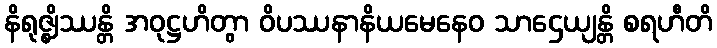
နိရုဇ္ဈိဿန္တိ အဝုဋ္ဌဟိတွာ ဝိပဿနာနိယမေနေဝ သာဌေယျန္တိ စရဟီတိ